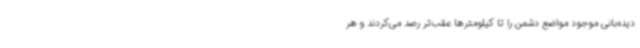
دیده‌بانی موجود مواضع دشمن را تا کیلومترها عقب‌تر رصد می‌کردند و هر